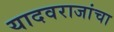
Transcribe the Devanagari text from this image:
यादवराजांचा